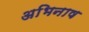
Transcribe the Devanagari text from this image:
अभिनाष